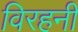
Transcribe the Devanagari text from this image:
विरहनी